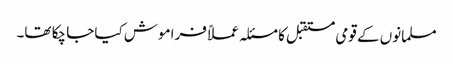
مسلمانوں کے قومی مستقبل کا مسئلہ عملاً فراموش کیا جا چکا تھا۔